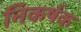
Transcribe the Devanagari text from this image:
निकर्षक